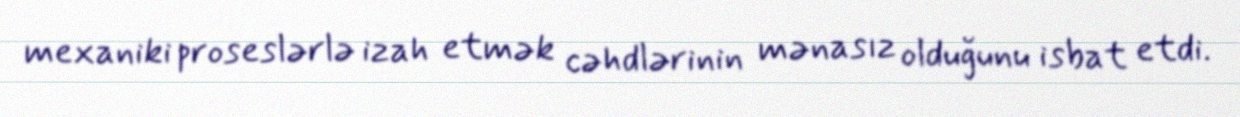
mexaniki proseslərlə izah etmək cəhdlərinin mənasız olduğunu isbat etdi.